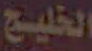
الخليج